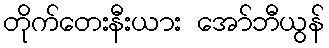
တိုက်တေးနီးယား အော်ဘီယွန်